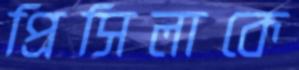
প্রিসিলাকে